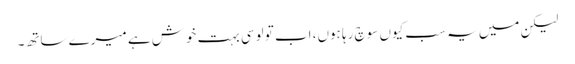
لیکن میں یہ سب کیوں سوچ رہا ہوں، اب تو لوسی بہت خوش ہے میرے ساتھ۔